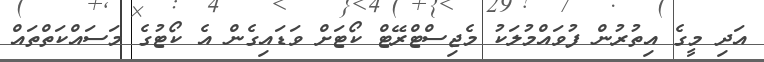
އަދި މީގެ އިތުރުން ފުވައްމުލަކު މެޖިސްޓްރޭޓް ކޯޓަށް ވަޑައިގެން އެ ކޯޓުގެ މަސައްކަތްތައް